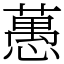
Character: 𦽳